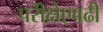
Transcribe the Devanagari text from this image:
परीक्षेएवढी